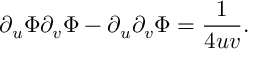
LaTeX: \partial _ { u } \Phi \partial _ { v } \Phi - \partial _ { u } \partial _ { v } \Phi = \frac { 1 } { 4 u v } .